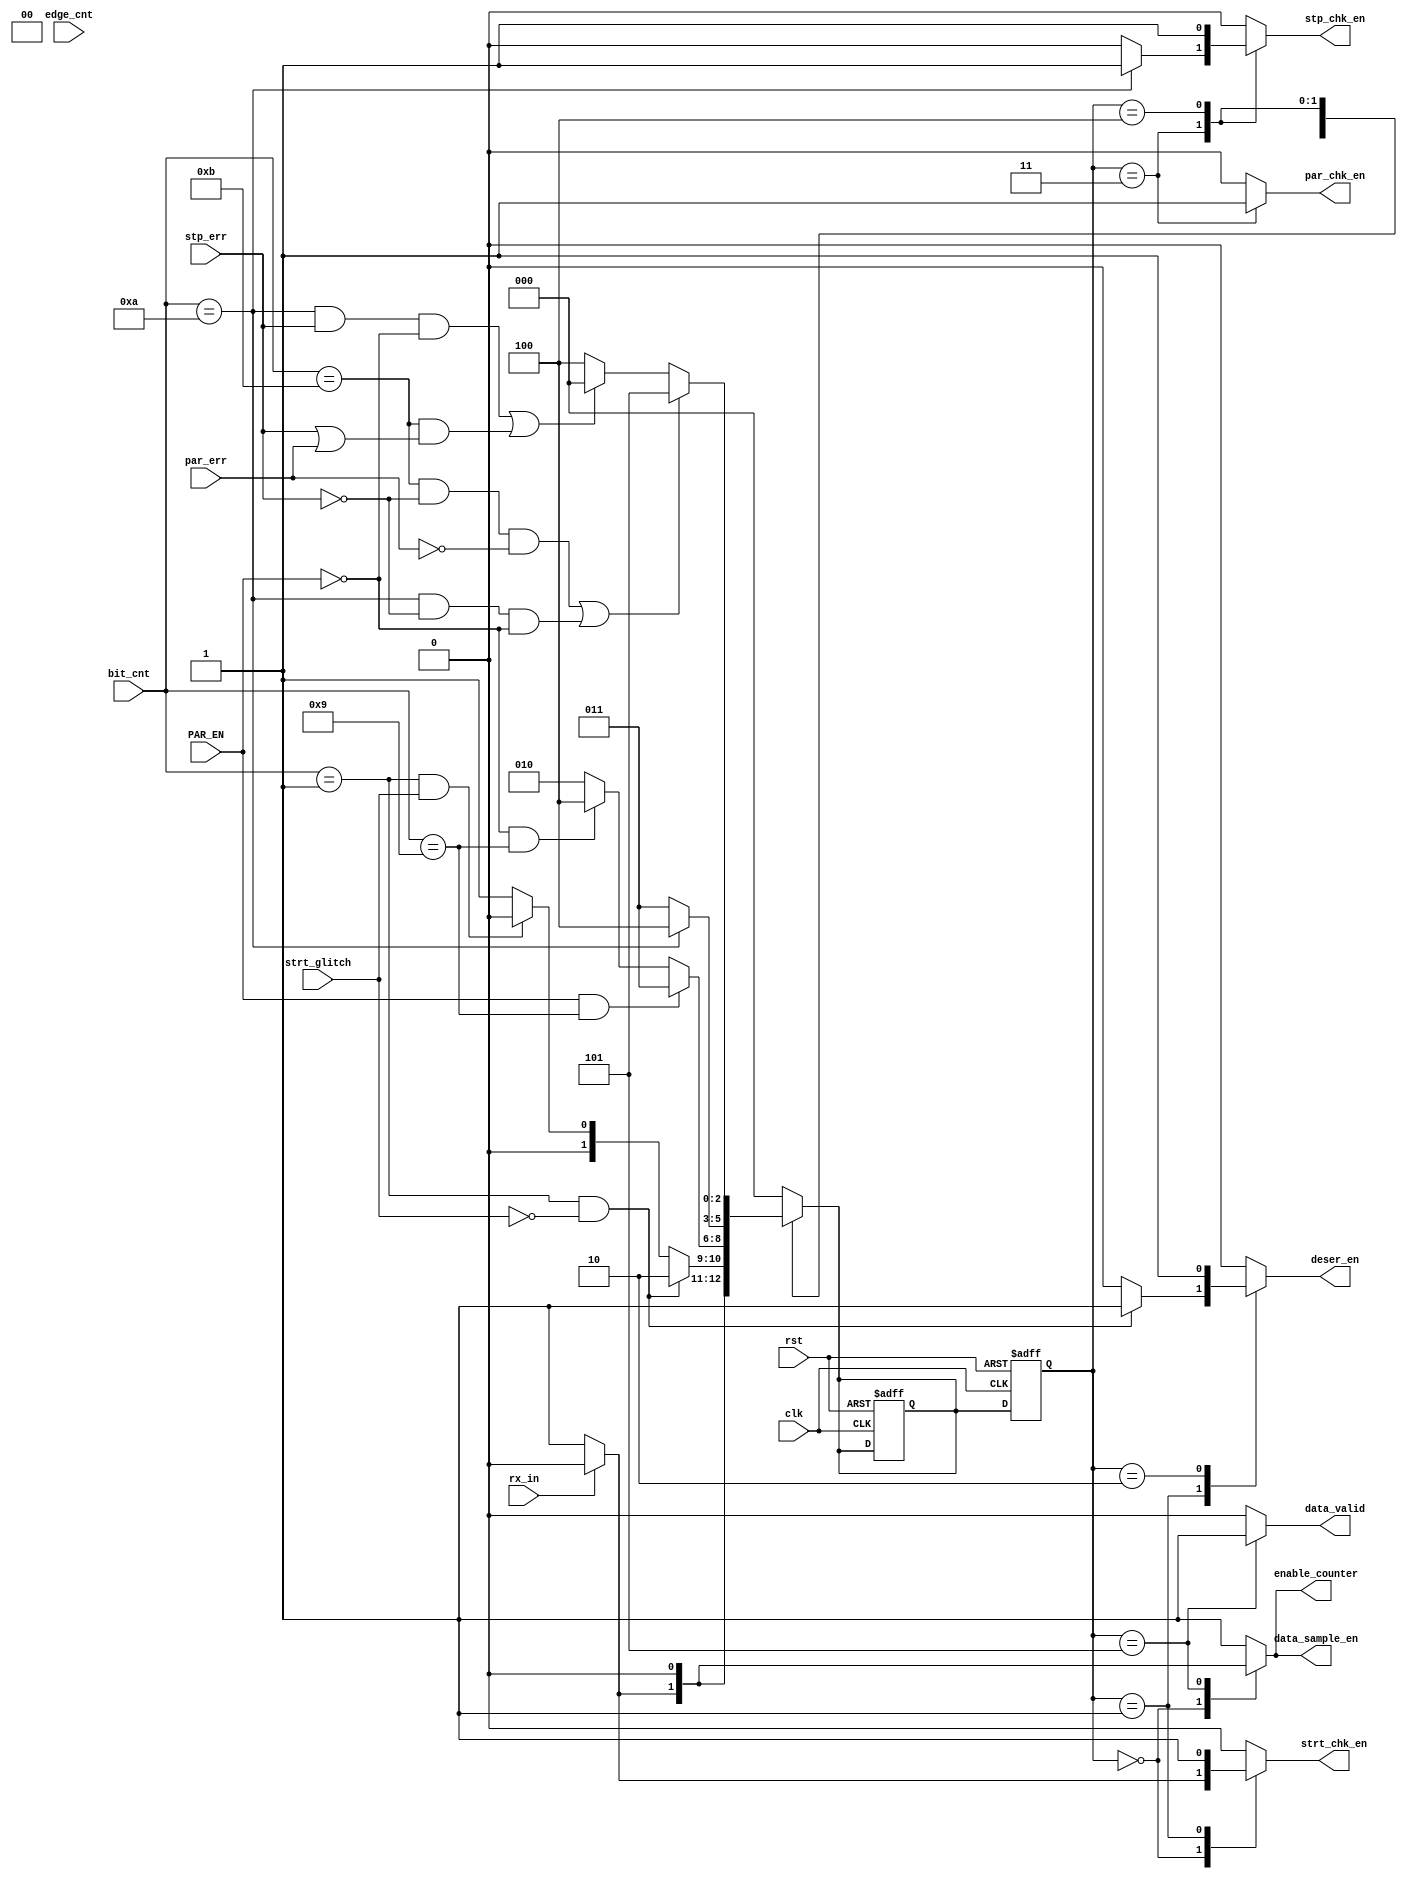
module UART_FSM (

input wire clk,
input wire rst,
input wire PAR_EN,
input wire [3:0]bit_cnt, 
input wire rx_in,
input wire par_err,
input wire [2:0]edge_cnt,
input wire strt_glitch,
input wire stp_err,

output reg  data_valid,
output reg  par_chk_en,
output reg  strt_chk_en,
output reg  stp_chk_en,
output reg  enable_counter,
output reg  data_sample_en,
output reg  deser_en  
    

);
    
reg [2:0] present_state,next_state;

localparam  IDLE = 3'b000;
localparam  START_BIT= 3'b001;
localparam  DATA_PROCESSING= 3'b010 ;
localparam  PARITY_BIT= 3'b011;
localparam  STOP_BIT= 3'b100;
localparam  DATA_VALID = 3'b101;


// sequential logic
always @(posedge clk, negedge rst ) begin
    
if(!rst)
begin 

present_state <= IDLE;
next_state <= IDLE;

end 

else 

begin 

present_state <= next_state;


end 


end
// next state logic and output logic

always @(*)

begin 

data_valid = 1'b0;
par_chk_en = 1'b0;
strt_chk_en = 1'b0;
stp_chk_en =  1'b0;
enable_counter = 1'b1;
data_sample_en = 1'b1;
deser_en  = 1'b0;


case (present_state)

/***************************************    IDLE CASE                ************************************/
    IDLE:

    begin
     
    if(rx_in == 1'b1)

    begin 

    next_state = IDLE;
    enable_counter = 1'b0;
    data_sample_en = 1'b0;

    end

    else

    begin 
    
    next_state = START_BIT;
    strt_chk_en = 1'b1;
    deser_en  = 1'b0;

    end  

    end

/**********************************************************************************************************************/


/***************************************** START_BIT **************************************************************/

    START_BIT:

    begin 

    strt_chk_en = 1'b1;

    if(bit_cnt == 1 && !strt_glitch)

    begin

    next_state = DATA_PROCESSING;
    deser_en = 1'b1;
    

    end 

    else if(bit_cnt == 1 && strt_glitch)

    begin 

    next_state = IDLE;
    

    end 

    else

    begin

    
    next_state = START_BIT;

    end 

    end

/********************************************** *************************************************************************/

/************************ DATA_PROCESSING *********************************************************/

    DATA_PROCESSING:
    
   

    begin 

    deser_en = 1'b1;
    enable_counter = 1'b1;
    data_sample_en = 1'b1; 


    if(PAR_EN && bit_cnt == 9)

    begin
    
    next_state = PARITY_BIT;
    
    

    end 

    else if(!PAR_EN && bit_cnt == 9)
    
    begin
    
    next_state = STOP_BIT;
    

    end 

    else 

    begin 

    next_state = DATA_PROCESSING;


    end

    end 

    /***********************************************************************************************************************/

    /****************************** PARITY_BIT *****************************************************************************/

    PARITY_BIT:
    

    begin 
    
    par_chk_en = 1'b1;

    if(bit_cnt == 10)

    begin

    next_state = STOP_BIT;
    stp_chk_en = 1'b1;

    end


    else

    begin

    next_state = PARITY_BIT;
    par_chk_en = 1'b1;

    end 

    end
    
/******************************************************************************************************************/

/*********************************** STOP_BIT ******************************************************************/

    STOP_BIT:

    begin

    stp_chk_en = 1'b1;

    if((bit_cnt == 11 && ! stp_err && !par_err) || (bit_cnt == 10 && !stp_err && !PAR_EN))

    begin 

    next_state = DATA_VALID;

    end

    else if( ((bit_cnt == 10) && stp_err && !PAR_EN ) || ( (bit_cnt == 11) && (stp_err || par_err))  )

    begin 

    next_state = IDLE;

    end

    else

    begin 

    next_state = STOP_BIT;

    end 

    end

    /***************************************************************************************************************/
    /******************************** DATA_VALID *****************************************************************/

    DATA_VALID:

    begin

    data_valid = 1'b1;
    data_sample_en = 1'b0;
    enable_counter = 1'b0;

    next_state = IDLE;

    end 


   /************************************************************************************************************************/


    default: next_state = IDLE;


endcase










end 




















endmodule